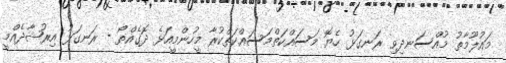
މައުލޫމާތު މުއްސަނދިވި ރަނގަޅު ހެޔޮ މަސައްކަތްމަސައްކަތްކުރާ މީހުންމީއަޅެ ދޮގެއްތޯ - ރަނގަޅު އިރުޝާދެއްމީ